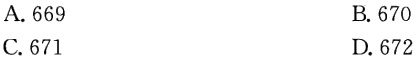
A. 669
B. 670
C. 671
D. 672